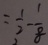
= \frac { 1 } { 2 } - \frac { 1 } { 8 }